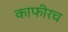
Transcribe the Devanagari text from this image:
काफीरच